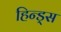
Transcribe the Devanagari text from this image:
हिन्ड्स